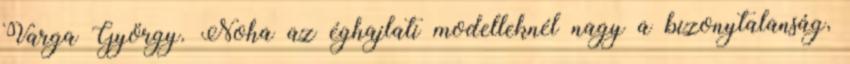
Varga György. Noha az éghajlati modelleknél nagy a bizonytalanság,